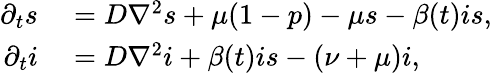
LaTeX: \begin{array}{rl}{\partial_{t}s}&{{}=D\nabla^{2}s+\mu(1-p)-\mu s-\beta(t)is,}\\ {\partial_{t}i}&{{}=D\nabla^{2}i+\beta(t)is-(\nu+\mu)i,}\end{array}